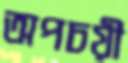
অপচয়ী